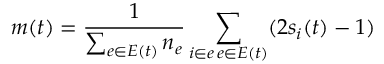
m ( t ) = \frac { 1 } { \sum _ { e \in E ( t ) } n _ { e } } \sum _ { \substack { i \in e \, e \in E ( t ) } } ( 2 s _ { i } ( t ) - 1 )